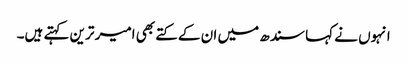
انہوں نے کہا سندھ میں ان کے کتے بھی امیر ترین کہتے ہیں۔